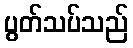
ပွတ်သပ်သည်